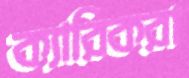
ক্যারিকরা